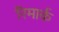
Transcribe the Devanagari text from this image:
रिमार्क